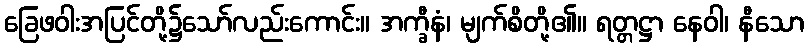
ခြေဖဝါးအပြင်တို့၌သော်လည်းကောင်း။ အက္ခီနံ၊ မျက်စိတို့၏။ ရတ္တဋ္ဌာ နေဝါ၊ နီသော